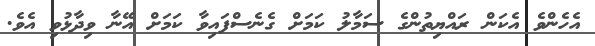
އެހެންވެ އެކަން ރައްޔިތުންގެ ސަމާލު ކަމަށް ގެނެސްފައިވާ ކަމަށް އޭނާ ވިދާޅުވި އެވެ.